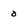
Character: 0